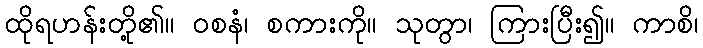
ထိုရဟန်းတို့၏။ ဝစနံ၊ စကားကို။ သုတွာ၊ ကြားပြီး၍။ ကာစိ၊